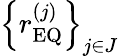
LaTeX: \left\{ r_{\mathrm{EQ}}^{\left(j\right)}\right\} _{j\in J}